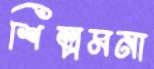
শিল্পমনা